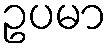
ဥပမာ